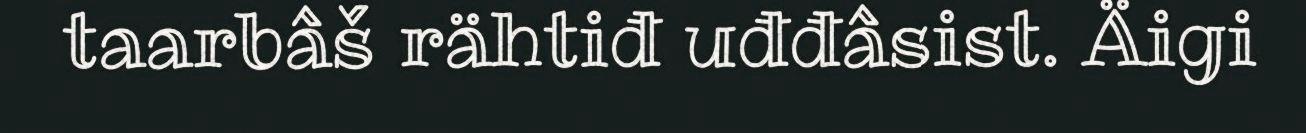
taarbâš rähtiđ uđđâsist. Äigi